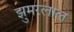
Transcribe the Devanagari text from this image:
झुमरलाल